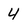
Character: 4